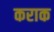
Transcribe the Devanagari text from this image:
कराक